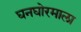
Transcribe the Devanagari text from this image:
घनघोरमाला